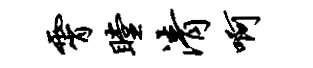
霄瞠清啊